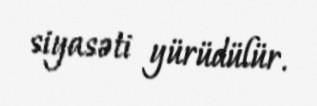
siyasəti yürüdülür.